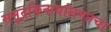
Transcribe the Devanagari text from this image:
समुद्रकिनार्यालगतचा